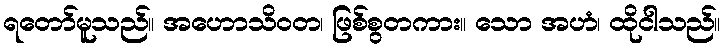
ရတော်မူသည်။ အဟောသိဝတ၊ ဖြစ်စွတကား။ သော အဟံ၊ ထိုငါသည်။